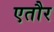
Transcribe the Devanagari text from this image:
एतौर